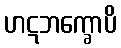
ဟဋဘက္ခောပိ